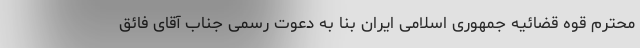
محترم قوه قضائیه جمهوری اسلامی ایران بنا به دعوت رسمی جناب آقای فائق